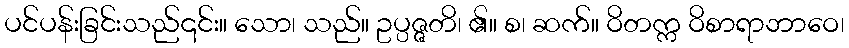
ပင်ပန်းခြင်းသည်၎င်း။ သော၊ သည်။ ဥပ္ပဇ္ဇတိ၊ ၏။ စ၊ ဆက်။ ဝိတက္က ဝိစာရာဘာဝေ၊